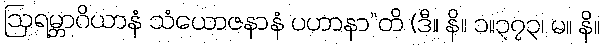
ဩရမ္ဘာဂိယာနံ သံယောဇနာနံ ပဟာနာ”တိ (ဒီ။ နိ။ ၁။၃၇၃၊ မ။ နိ။